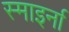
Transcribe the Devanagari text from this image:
स्माइर्ना